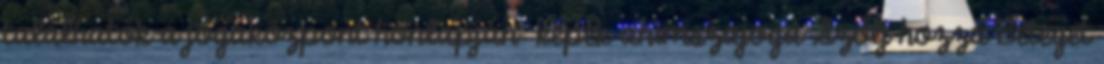
találhatók a jógaközpont honlapján: kepek ahimszajoga Szólj hozzá Beteget